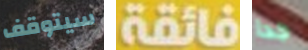
سيتوقف فائقة جدا